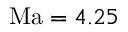
\mathrm { M a } = 4 . 2 5